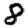
Digit: 8